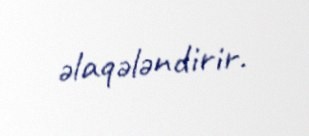
əlaqələndirir.